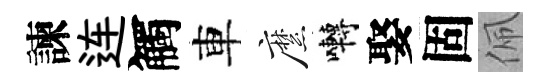
諫连觸車縻囀娶固佩